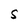
Character: S